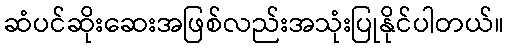
ဆံပင်ဆိုးဆေးအဖြစ်လည်းအသုံးပြုနိုင်ပါတယ်။